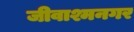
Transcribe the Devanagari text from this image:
जीवाश्मनगर